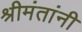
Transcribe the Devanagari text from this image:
श्रीमंतांनी